Annual returns of the Patna Lunatic Asylum at Bankipore in Bihar and Orissa - 1912-1924
Year: 1912
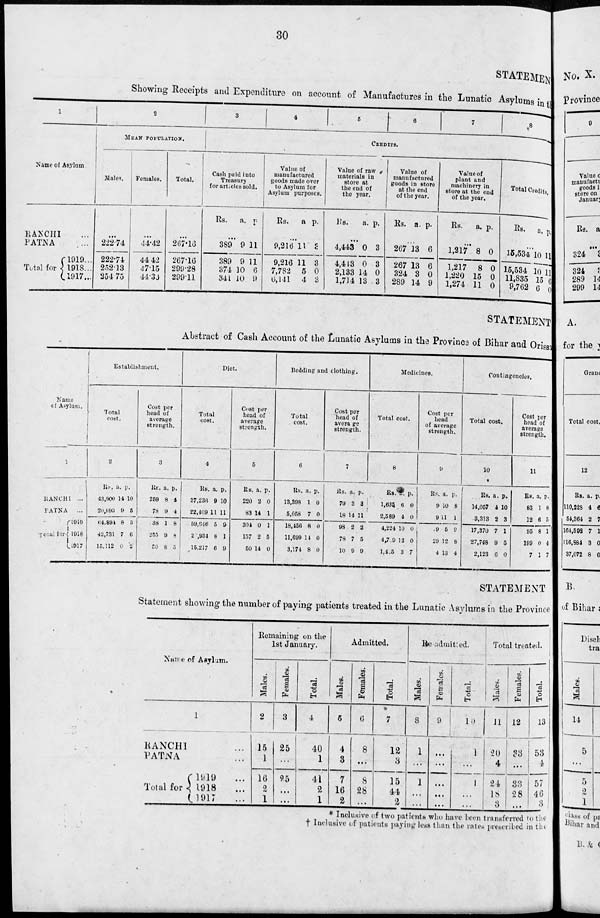
30
STATEMENT
Showing Receipts and Expenditure on account of Manufactures in the Lunatic Asylums in the
1
Name of Asylum
RANCHI ...
PATNA ...
Total for
1919...
1918...
1917...
2
MEAN POPULATION.
Males.
...
222.74
222.74
252.13
254.75
Females.
...
44.42
44.42
47.15
44.35
Total.
...
267.16
267.16
299.28
299.11
3
4
5
6
7
8
CREDITS.
Cash paid into
Treasury
for articles sold.
Rs.
a. p.
...
389
389
374
341
9
9
10
10
11
11
6
9
Value of
manufactured
goods made over
to Asylum for
Asylum purposes.
Rs.
a p.
...
9,216
9,216
7,782
6,141
11
11
5
4
5
3
0
3
Value of raw
materials in
store at
the end of
the year.
Rs.
a.
p.
...
4,443
4,413
2,133
1,714
0
0
14
13
3
3
0
3
Value of
manufactured
goods in store
at the end
of the year.
Rs. a.
p.
...
267
267
324
289
13
13
3
14
6
6
0
9
Value of
plant and
machinery in
store at the end
of the year.
Rs.
a.
p.
...
1,217
1,217
1,220
1,274
8
8
15
11
0
0
0
0
Total Credits,
Rs.
a.
p.
...
15,534
15,534
11,835
9,762
10
10
15
6
11
11
11
0
STATEMENT
Abstract of Cash Account of the Lunatic Asylums in the Province of Bihar and Orissa
Name
of Asylum.
1
RANCHI ...
PATNA
...
Total for
1919
1918
1917
Establishment.
Total
cost.
2
Rs
43,900
20,993
64,894
42,731
15,112
a.
14
9
8
7
0
p.
10
5
3
0
2
Cost per
head of
average
strength.
3
Rs.
259
78
38
255
50
a.
8
9
1
9
8
p.
4
4
8
8
5
Diet.
Total
cost.
4
Rs.
37,236
22,409
59,646
2 ,934
15,217
a.
9
11
5
8
6
p.
10
11
9
1
9
Cost per
head of
average
strength.
5
Rs.
220
83
304
157
50
a.
2
14
0
2
14
p.
0
1
1
5
0
Bedding and clothing.
Total
cost.
6
Rs.
13,398
5,058
18,456
11,699
3,174
a.
1
7
8
11
8
p.
0
0
0
0
0
Cost per
head of
average
strength.
7
Rs.
79
18
98
78
10
a.
3
14
2
7
9
p.
3
11
2
5
9
Medicines.
Total cost.
8
Rs.
1,634
2,589
4,224
4,709
1,415
a.
6
4
10
12
3
p.
0
0
0
0
7
Cost per
head
of average
strength.
9
Rs.
9
9
9
29
4
a.
10
11
5
12
13
p.
8
1
9
8
4
Contingencies.
Total cost.
10
Rs.
14,057
3,313
17,370
27,748
2,123
a.
4
2
7
9
6
p.
10
3
1
5
0
Cost per
head of
average
strength.
11
Rs.
83
12
95
199
7
a.
1
6
8
0
1
p.
8
5
1
4
7
STATEMENT
Statement showing the number of paying patients treated in the Lunatic Asylums in the Province
Name of Asylum.
1
RANCHI ...
PATNA ...
Total for
1919 ...
1918 ...
1917 ...
Remaining on the
1st January.
Males.
2
15
1
16
2
1
Females.
3
25
...
95
...
...
Total.
4
40
1
41
2
1
Admitted.
Males.
5
4
3
7
16
2
Females.
6
8
...
8
28
...
Total.
7
12
3
15
44
2
Re-admitted.
Males.
8
1
...
1
...
...
Females.
9
...
...
...
...
...
Total.
10
1
...
1
...
...
Total treated.
Males.
11
20
4
24
18
3
Females.
12
33
...
33
28
...
Total.
13
53
4
57
46
3
* Inclusive of two patients who have been transferred to the
† Inclusive of patients paying less than the rates prescribed in the